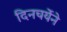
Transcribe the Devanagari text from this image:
दिनचर्येने